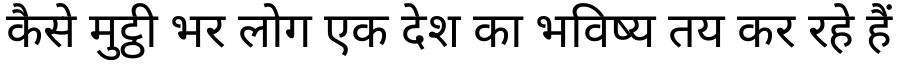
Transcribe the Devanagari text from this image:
कैसे मुट्ठी भर लोग एक देश का भविष्य तय कर रहे हैं